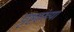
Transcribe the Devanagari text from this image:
पृष्टसंख्या